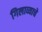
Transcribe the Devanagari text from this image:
गिलाव्याचे